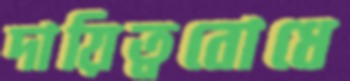
দায়িত্ববোধে